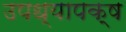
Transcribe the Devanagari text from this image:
उपध्यापक्ष